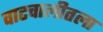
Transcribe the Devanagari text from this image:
वाटचालीतला